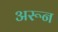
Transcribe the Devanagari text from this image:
अरून